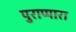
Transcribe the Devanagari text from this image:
पुराप्पारा